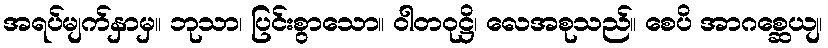
အရပ်မျက်နှာမှ။ ဘုသာ၊ ပြင်းစွာသော။ ဝါတဝုဋ္ဌိ၊ လေအစုသည်။ စေပိ အာဂစ္ဆေယျ၊